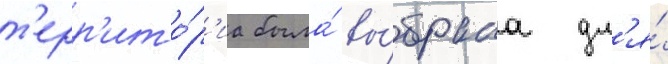
т'ерр'ито́р'иа была́ вы́брана дл'я́